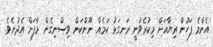
އެންމެ ފަހުން ރިޔާއަށް މިކުރެވުނީ ރަނގަޅު ކަމެއް ނޫންކަން ވިސްނިގެން މާފަށް އެދުނެވެ.